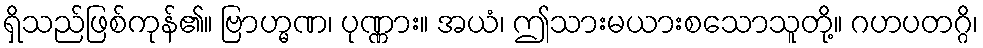
ရှိသည်ဖြစ်ကုန်၏။ ဗြာဟ္မဏ၊ ပုဏ္ဏား။ အယံ၊ ဤသားမယားစသောသူတို့။ ဂဟပတဂ္ဂိ၊